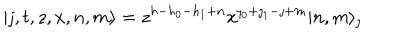
| \jmath , t , z , x , n , m \rangle = z ^ { h - h _ { 0 } - h _ { 1 } + n } x ^ { \jmath _ { 0 } + \jmath _ { 1 } - \jmath + m } | n , m \rangle _ { \jmath }